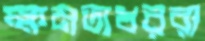
ক্ষমতাধররা